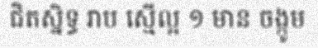
ជិតស្និទ្ធ រាប ស្មើល្អ ១ មាន ចង្កូម